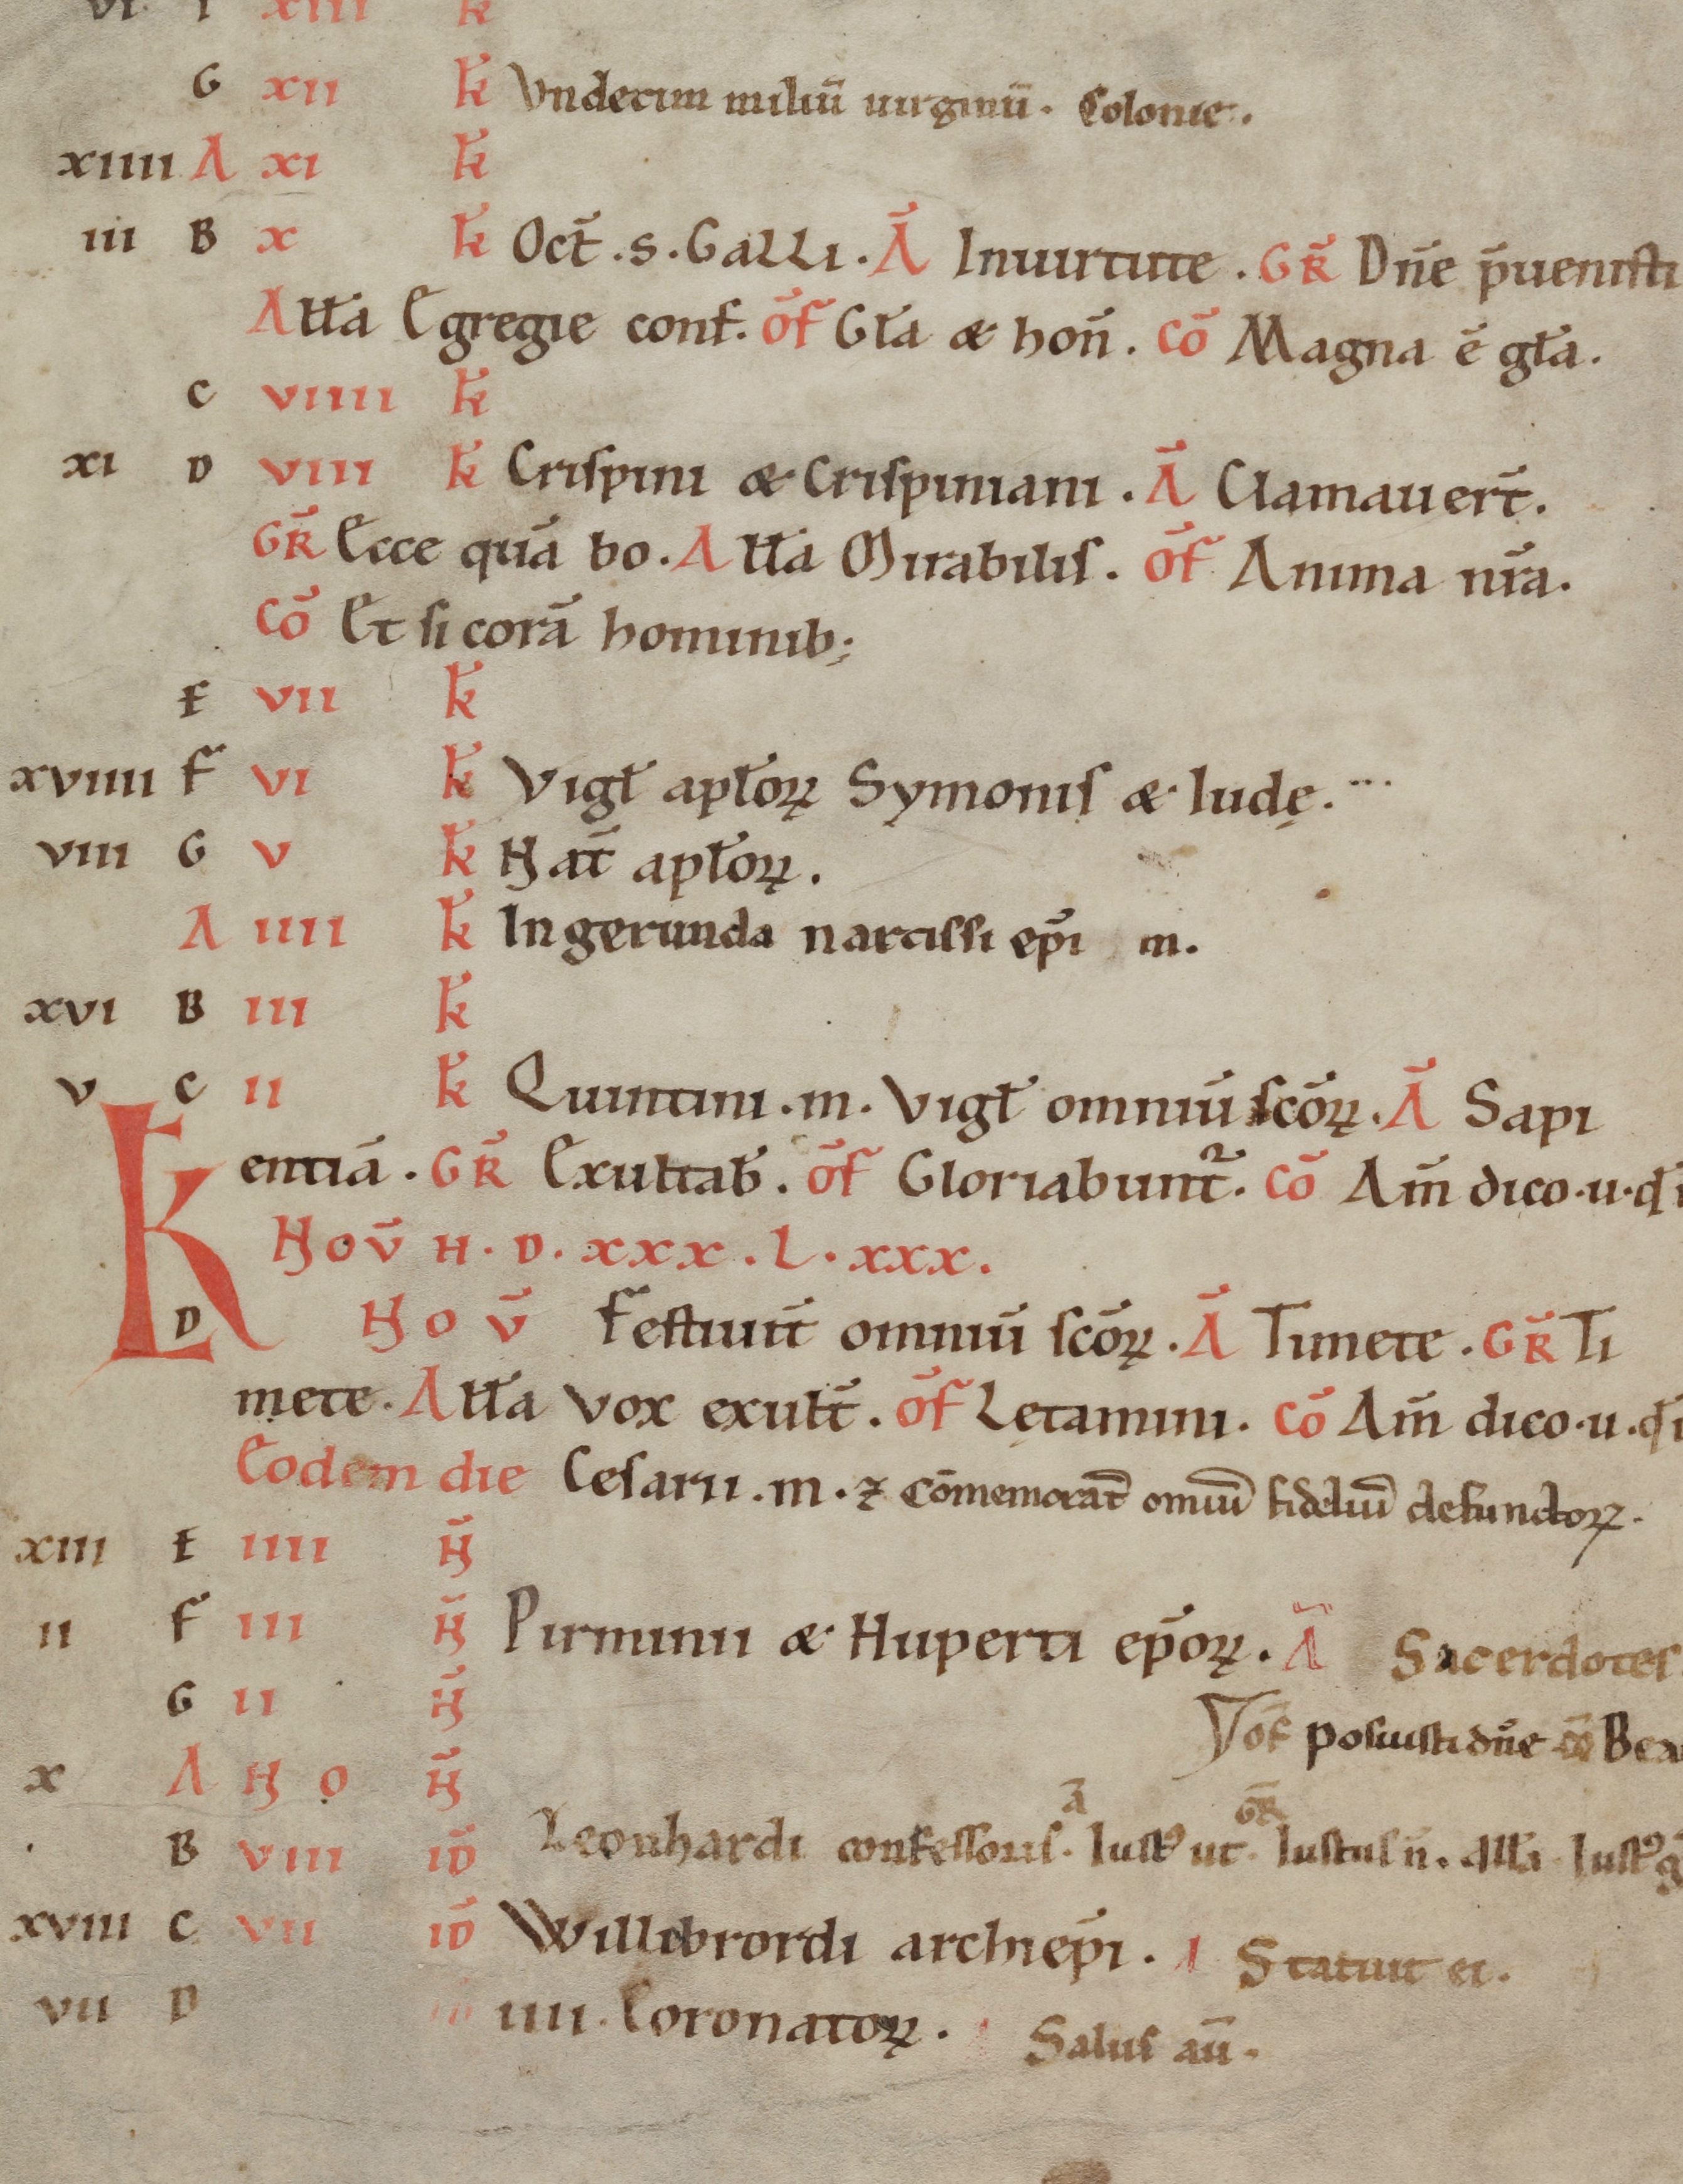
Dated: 1100–1199